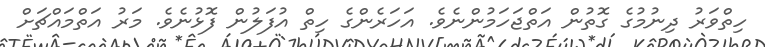
ހިތްވަރު ދިނުމުގެ ގޮތުން އަތްޖަހަމުންނެވެ. އަހަރެންގެ ހިތް އުފަލުން ފޮޅުނެވެ. މަރު އަތްމައްޗަށް